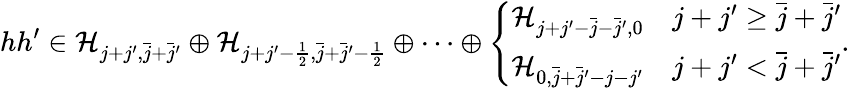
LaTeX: hh^{\prime}\in\mathcal{H}_{j+j^{\prime},\bar{j}+\bar{j}^{\prime}}\oplus\mathcal{H}_{j+j^{\prime}-\frac{1}{2},\bar{j}+\bar{j}^{\prime}-\frac{1}{2}}\oplus\cdots\oplus\left\{ \begin{array}{ll}{\mathcal{H}_{j+j^{\prime}-\bar{j}-\bar{j}^{\prime},0}}&{j+j^{\prime}\geq\bar{j}+\bar{j}^{\prime}}\\ {\mathcal{H}_{0,\bar{j}+\bar{j}^{\prime}-j-j^{\prime}}}&{j+j^{\prime}<\bar{j}+\bar{j}^{\prime}}\end{array}\right..